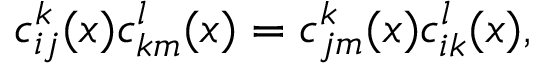
c _ { i j } ^ { k } ( x ) c _ { k m } ^ { l } ( x ) = c _ { j m } ^ { k } ( x ) c _ { i k } ^ { l } ( x ) ,